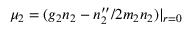
\mu _ { 2 } = ( g _ { 2 } n _ { 2 } - n _ { 2 } ^ { \prime \prime } / 2 m _ { 2 } n _ { 2 } ) | _ { r = 0 }